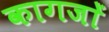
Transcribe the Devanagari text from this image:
कागजाें